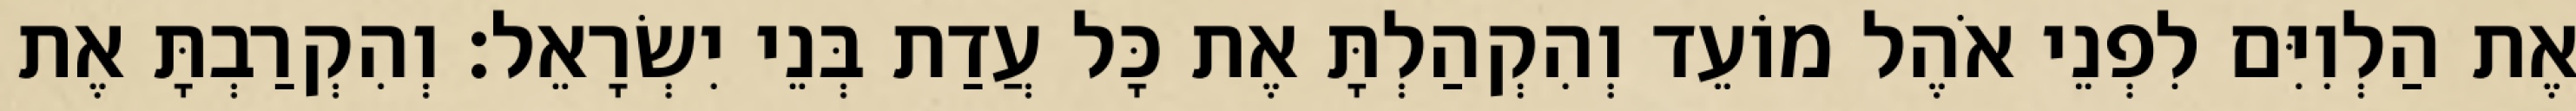
אֶת הַלְוִיִּם לִפְנֵי אֹהֶל מוֹעֵד וְהִקְהַלְתָּ אֶת כָּל עֲדַת בְּנֵי יִשְׂרָאֵל׃ וְהִקְרַבְתָּ אֶת